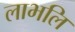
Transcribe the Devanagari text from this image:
लाभलि